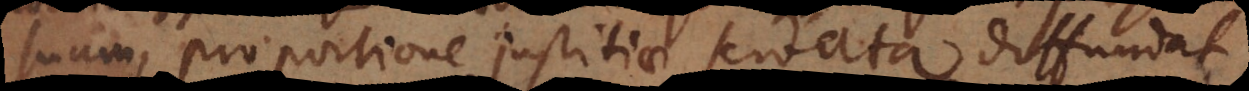
suum, proportione justitiae servata diffundat